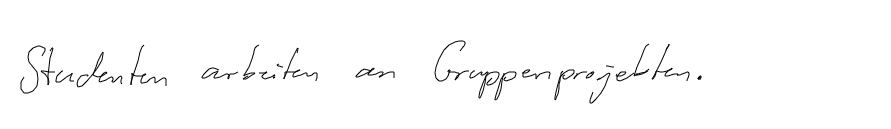
Studenten arbeiten an Gruppenprojekten.